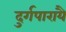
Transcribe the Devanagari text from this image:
दुर्गपारायै